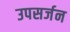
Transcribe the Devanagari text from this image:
उपसर्जन